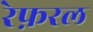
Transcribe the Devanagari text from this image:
रेफ़रल